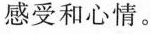
感受和心情。